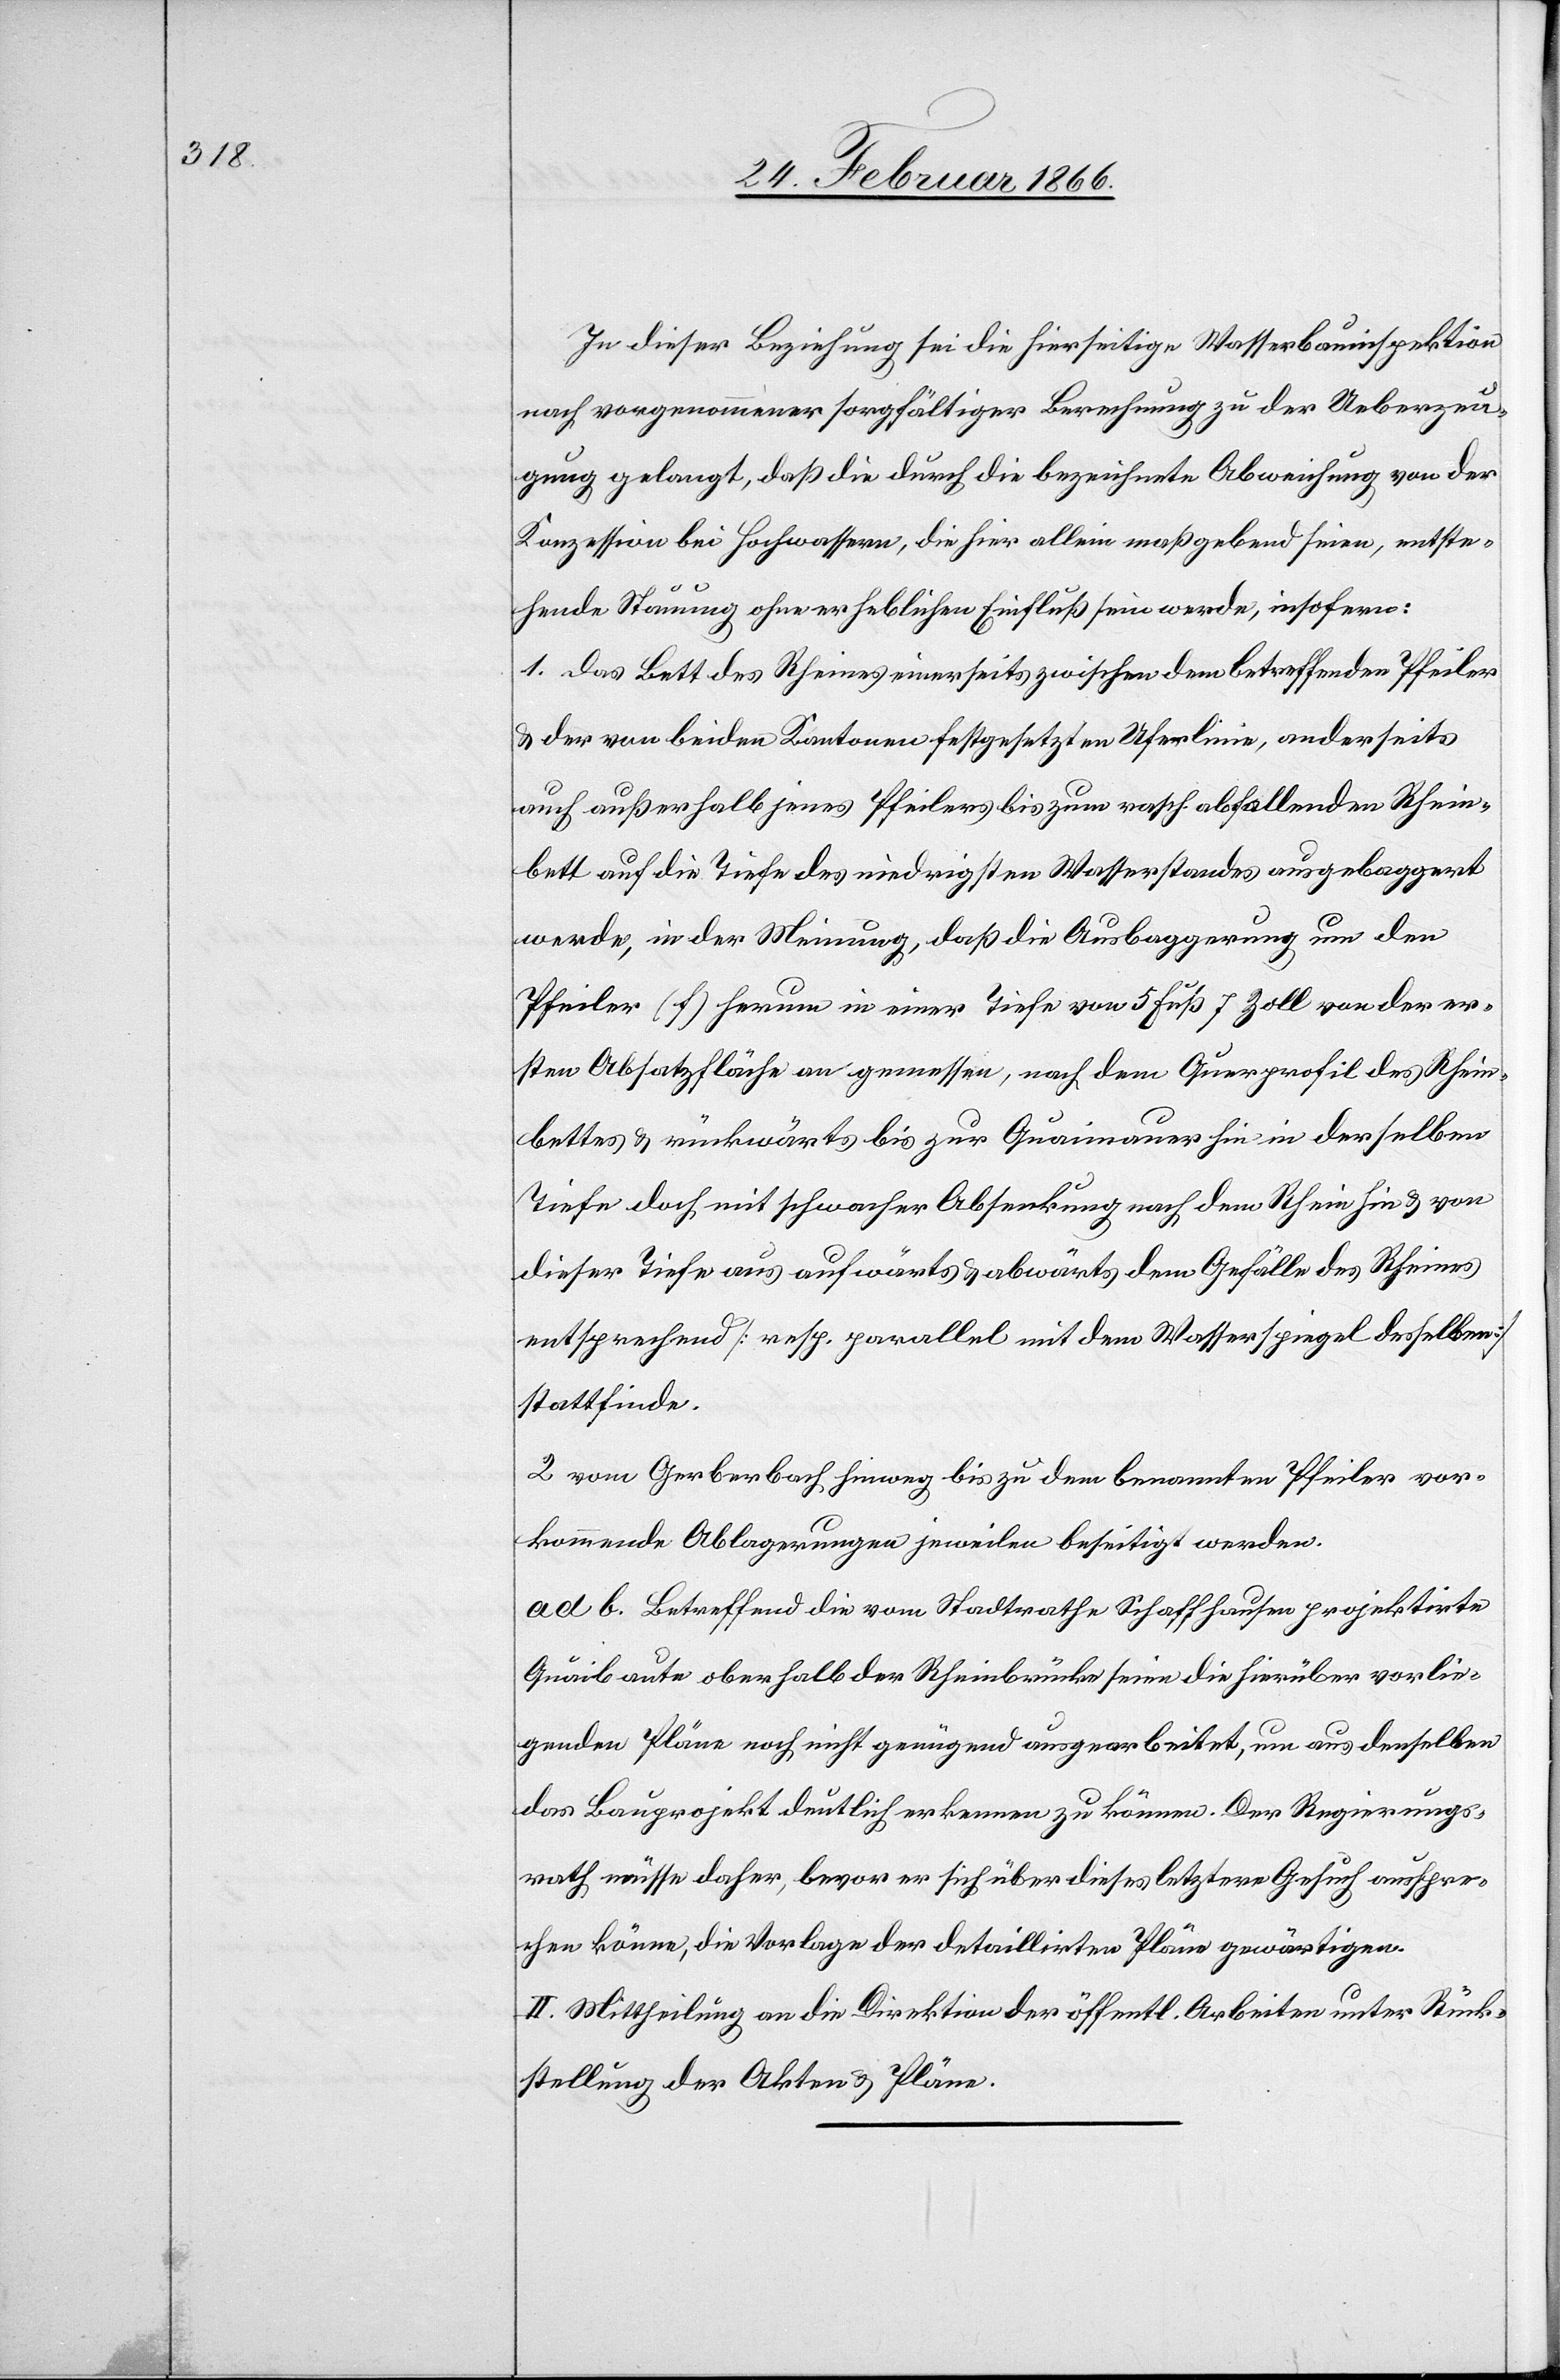
In dieser Beziehung sei die hierseitige Wasserbauinspektion
nach vorgenommener sorgfältiger Berechnung zu der Ueberzeu¬
gung gelangt, daß die durch die bezeichnete Abweichung von der
Konzession bei Hochwassern, die hier allein maßgebend seien, entste¬
hende Stauung ohne erheblichen Einfluß sein werde, insofern:
1. das Bett des Rheines einerseits zwischen dem betreffenden Pfeiler
u. der von beiden Kantonen festgesetzten Uferlinie, anderseits
auch außerhalb jenes Pfeilers bis zum rasch abfallenden Rhein¬
bett auf die Tiefe des niedrigsten Wasserstandes ausgebaggert
werde, in der Meinung, daß die Ausbaggerung um den
Pfeiler (f) herum in einer Tiefe von 5 bis 7 Zoll von der er¬
sten Absatzfläche an gemessen, nach dem Querprofil des Rhein¬
bettes u. rückwärts bis zur Quaimauer hin in derselben
Tiefe doch mit schwacher Absenkung nach dem Ufer hin u. von
dieser Tiefe aus aufwärts u. abwärts dem Gefälle des Rheines
entsprechend [resp. parallel mit dem Wasserspiegel desselben]
stattfinde.
2 vom Gerberbach hinweg bis zu dem benannten Pfeiler vor¬
kommende Ablagerungen jeweilen beseitigt werden.
ad b. Betreffend die vom Stadtrathe Schaffhausen projektirte
Quaibaute oberhalb der Rheinbrücke seien die hierüber vorlie¬
genden Pläne noch nicht genügend ausgearbeitet, um aus denselben
das Bauprojekt deutlich erkennen zu können. Der Regierungs¬
rath müsste daher, bevor er sich über dieses letztere Gesuch ausspre¬
chen könne, die Vorlage der detaillirten Pläne gewärtigen.
II. Mittheilung an die Direktion der öffentl. Arbeiten unter Rück¬
stellung der Akten u. Pläne.